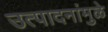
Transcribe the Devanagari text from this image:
उत्पादनांमुळे